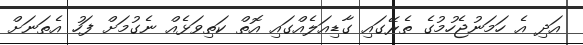
އަދި އެ ހަމަނުޖެހުމުގެ ތެރޭގައި ގާޑިއަލެއްގައި އޮތް ކަތިވަޅެއް ނެގުމަށް ފަހު އެތަނަށް